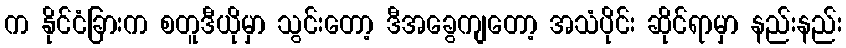
က နိုင်ငံခြားက စတူဒီယိုမှာ သွင်းတော့ ဒီအခွေကျတော့ အသံပိုင်း ဆိုင်ရာမှာ နည်းနည်း